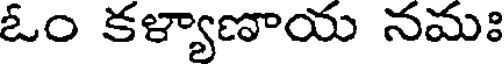
ఓం కళ్యాణాయ నమః